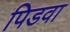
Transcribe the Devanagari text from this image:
पिडवा